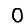
Digit: 0